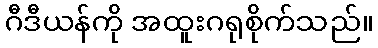
ဂီဒီယန်ကို အထူးဂရုစိုက်သည်။